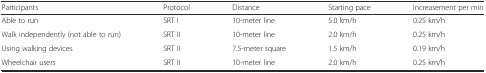
<table><thead><tr><td><b>Participants</b></td><td><b>Protocol</b></td><td><b>Distance</b></td><td><b>Starting pace</b></td><td><b>Increasement per min</b></td></tr></thead><tbody><tr><td>Able to run</td><td>SRT I</td><td>10-meter line</td><td>5.0 km/h</td><td>0.25 km/h</td></tr><tr><td>Walk independently (not able to run)</td><td>SRT II</td><td>10-meter line</td><td>2.0 km/h</td><td>0.25 km/h</td></tr><tr><td>Using walking devices</td><td>SRT II</td><td>7.5-meter square</td><td>1.5 km/h</td><td>0.19 km/h</td></tr><tr><td>Wheelchair users</td><td>SRT II</td><td>10-meter line</td><td>2.0 km/h</td><td>0.25 km/h</td></tr></tbody></table>